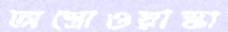
অস্ত্রোওয়াস্কা